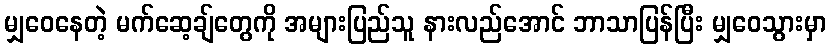
မျှဝေနေတဲ့ မက်ဆေ့ချ်တွေကို အများပြည်သူ နားလည်အောင် ဘာသာပြန်ပြီး မျှဝေသွားမှာ